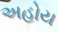
અહોય